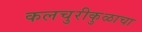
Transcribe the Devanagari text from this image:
कलचुरीकुळाचा